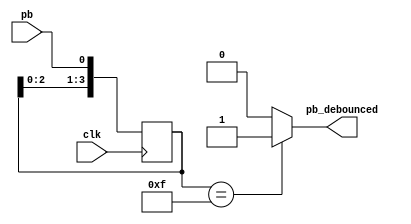
/*module debounce(
    output pb_debounced, 
    input pb ,
    input clk
    );
    
    reg [6:0] shift_reg;
    always @(posedge clk) begin
        shift_reg[6:1] <= shift_reg[5:0];
        shift_reg[0] <= pb;
    end
    
    assign pb_debounced = shift_reg == 7'b111_1111 ? 1'b1 : 1'b0;
endmodule*/

module debounce (
	input clk,
	input pb, 
	output pb_debounced 
);
	reg [3:0] shift_reg; 

	always @(posedge clk) begin
		shift_reg[3:1] <= shift_reg[2:0];
		shift_reg[0] <= pb;
	end

	assign pb_debounced = ((shift_reg == 4'b1111) ? 1'b1 : 1'b0);

endmodule